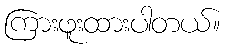
ကြားဖူးထားပါတယ်။